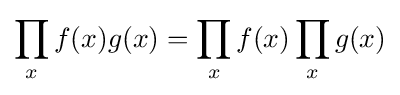
\prod _{x}f(x)g(x)=\prod _{x}f(x)\prod _{x}g(x)